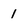
Character: 1